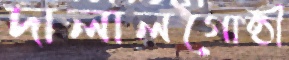
দালালগোষ্ঠী